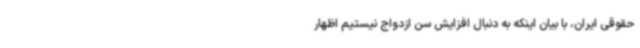
حقوقی ایران، با بیان اینکه به دنبال افزایش سن ازدواج نیستیم اظهار